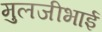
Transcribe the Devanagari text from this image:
मुलजीभाई